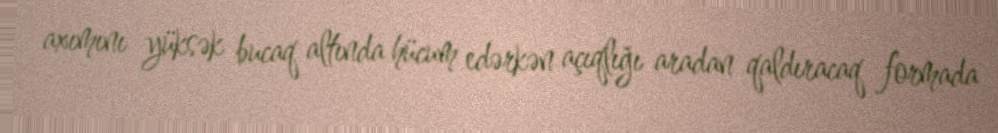
axımını yüksək bucaq altında hücum edərkən açıqlığı aradan qaldıracaq formada